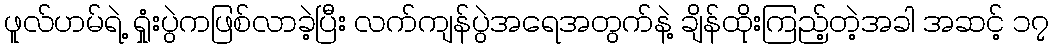
ဖူလ်ဟမ်ရဲ့ ရှုံးပွဲကဖြစ်လာခဲ့ပြီး လက်ကျန်ပွဲအရေအတွက်နဲ့ ချိန်ထိုးကြည့်တဲ့အခါ အဆင့် ၁၇